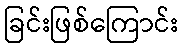
ခြင်းဖြစ်ကြောင်း